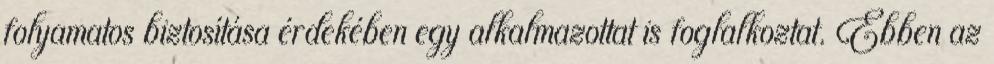
folyamatos biztosítása érdekében egy alkalmazottat is foglalkoztat. Ebben az